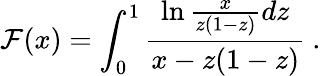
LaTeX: {\cal F}(x)=\int_{0}^{1}{\frac{\ln\frac{x}{z(1-z)}dz}{x-z(1-z)}}\ .